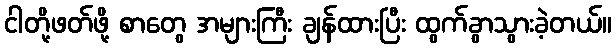
ငါတို့ဖတ်ဖို့ စာတွေ အများကြီး ချန်ထားပြီး ထွက်ခွာသွားခဲ့တယ်။